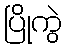
ပြိုကွဲ